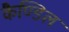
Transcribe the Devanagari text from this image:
कैण्डिल